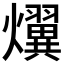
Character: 𤒩